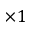
\times 1